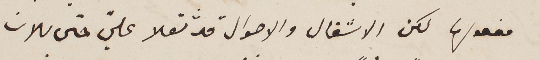
مفعولها لكن الاشغال والاحوال قد ثقلا عليّ حتى للان